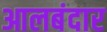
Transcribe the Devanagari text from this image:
आलबंदार